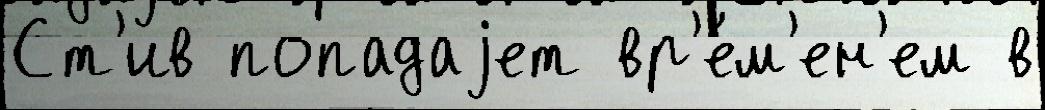
Ст'ив попадаjет вр'е́м'ен'ем в